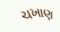
ચખાણ